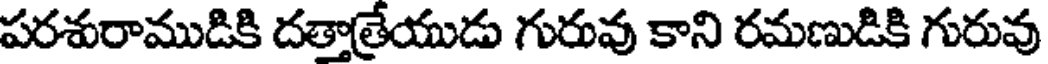
పరశురాముడికి దత్తాత్రేయుడు గురువు కాని రమణుడికి గురువు